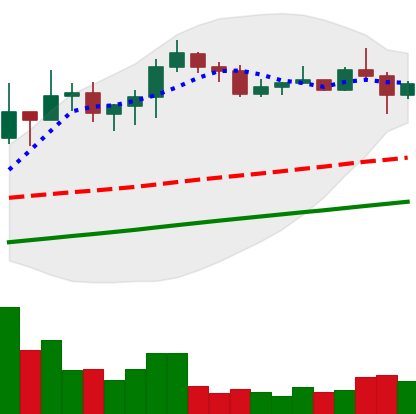
Ticker: XLM-USD
Chart end date: 2020-07-28
Forward return: 5.72%
Label: up_5_7